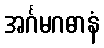
အင်္ဂမဂဓာနံ